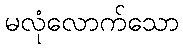
မလုံလောက်သော